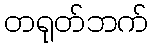
တရုတ်ဘက်